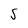
Character: 5